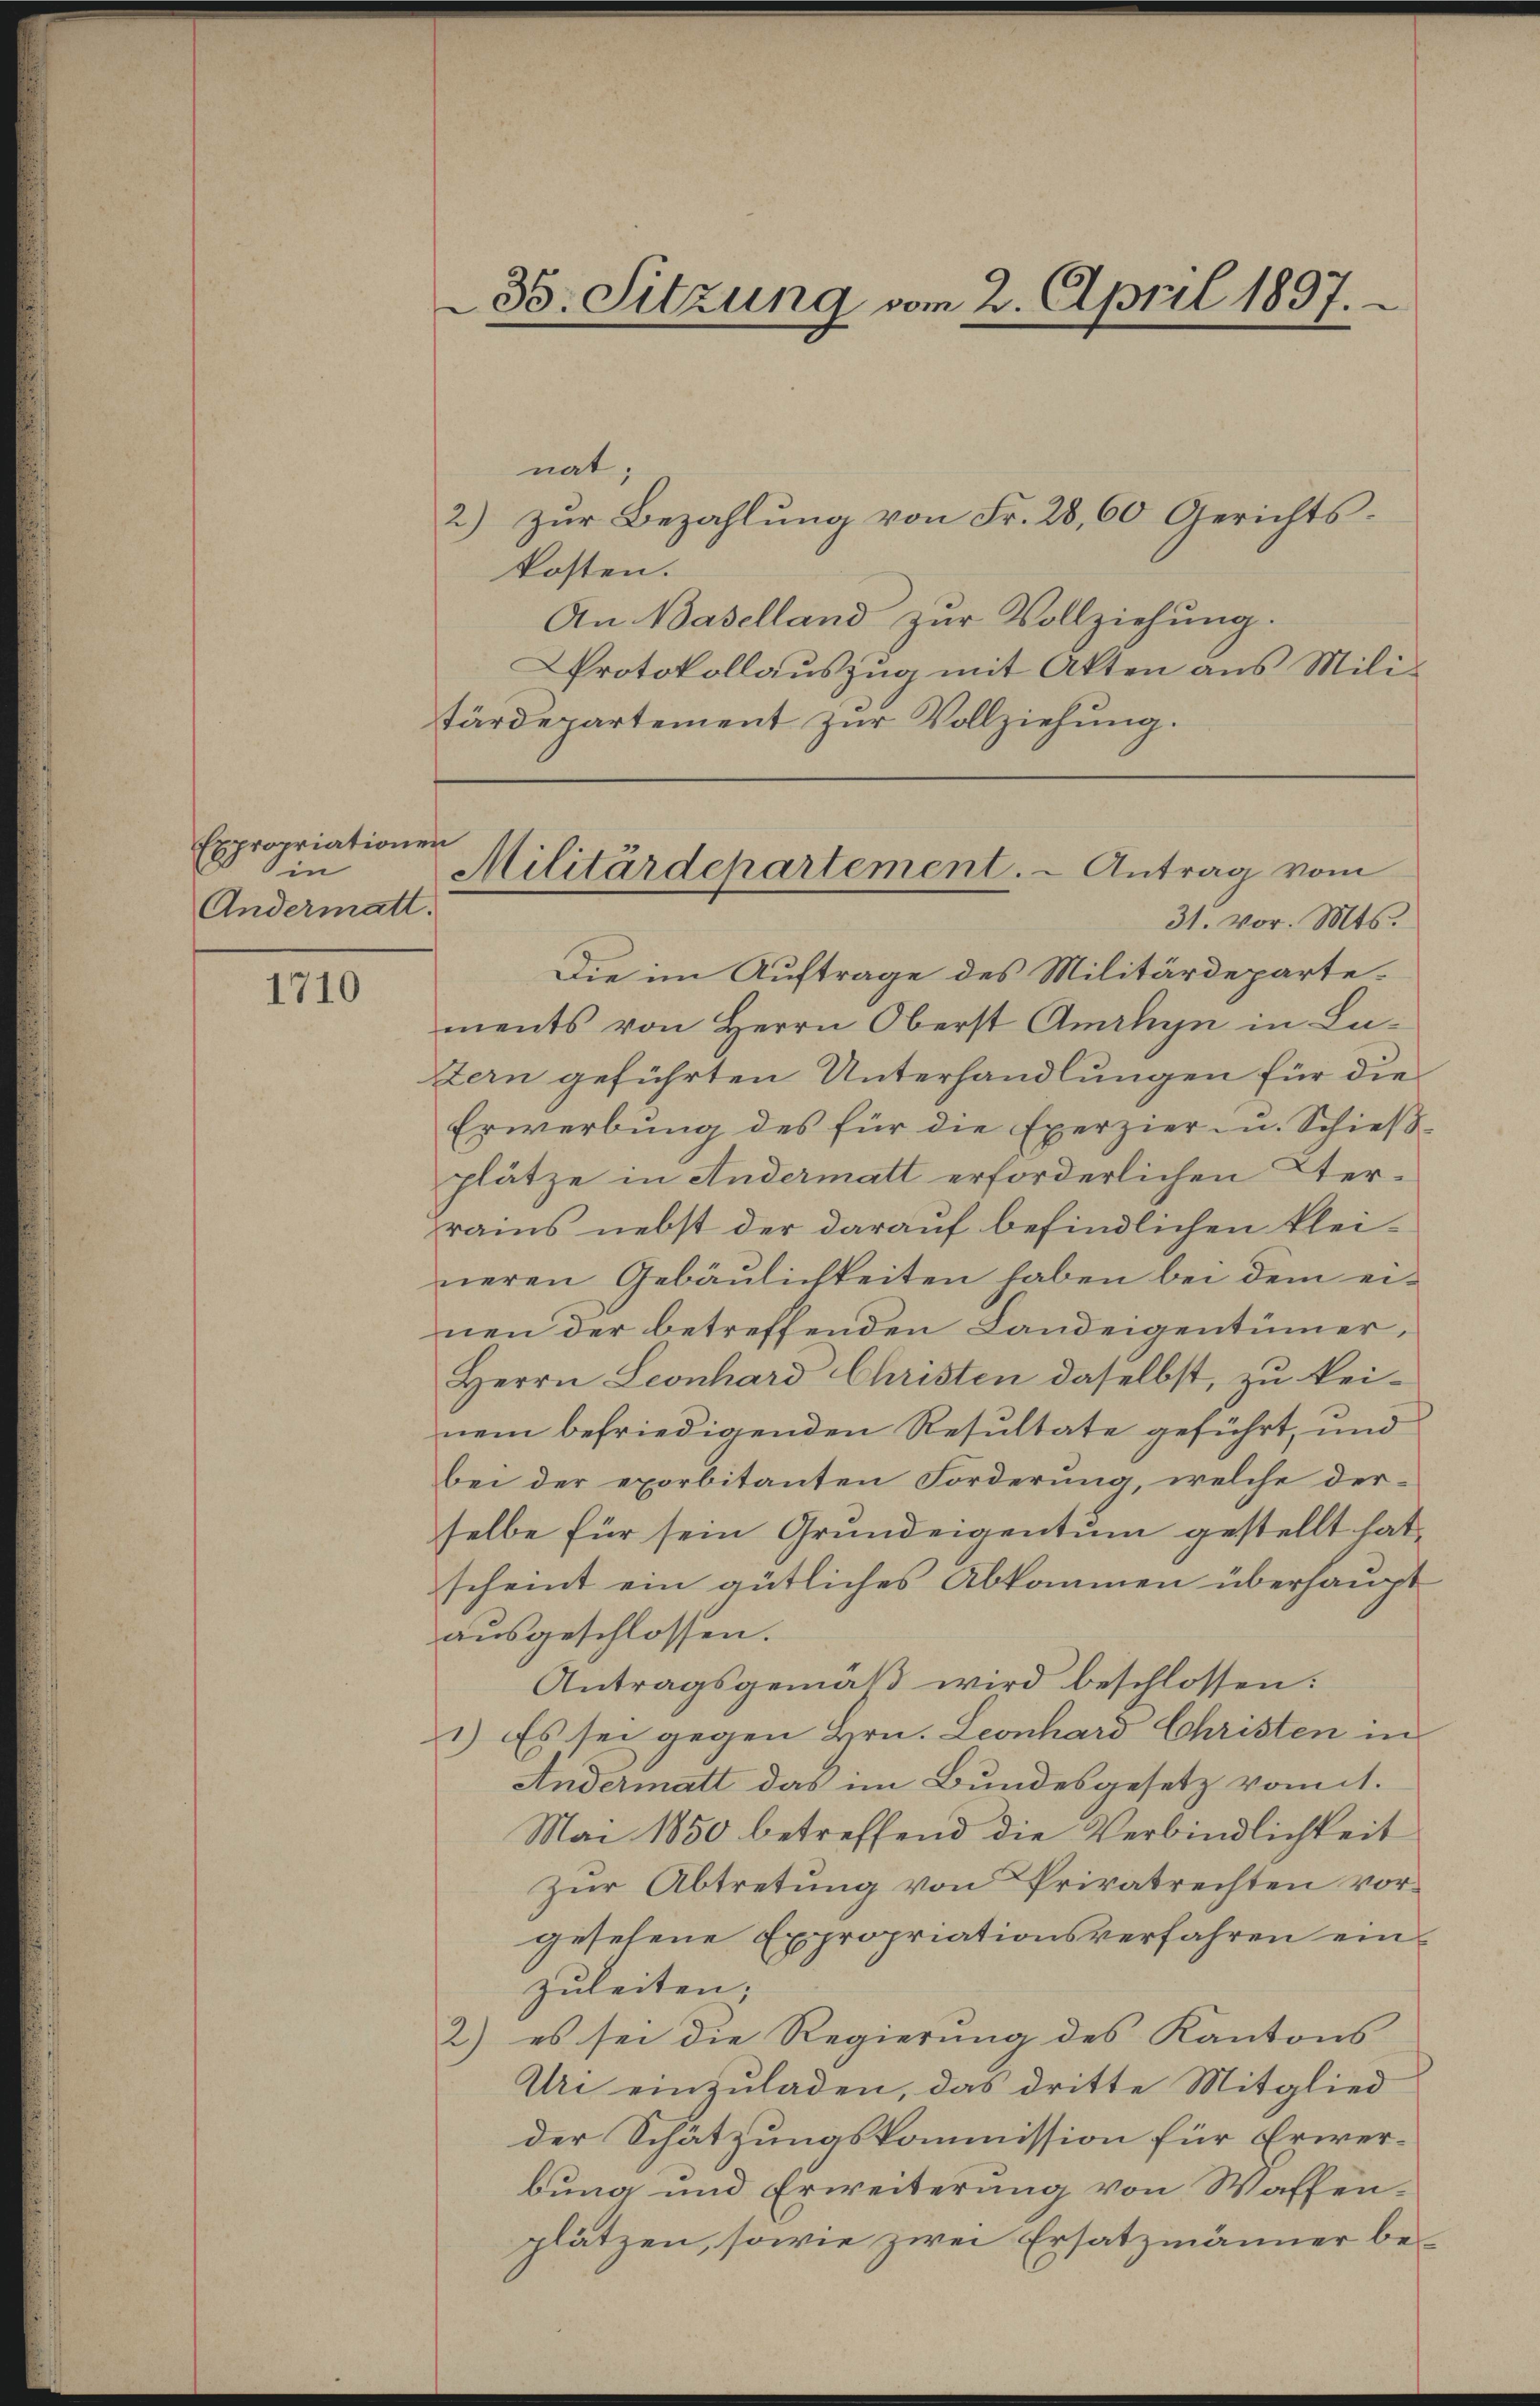
1710

Expropriationen
in
Andermatt.

35. Sitzung vom 2. April 1897.

nat,
2) zŭr Bezahlŭng von Fr. 28,60 Gerichts-
kosten.
An Baselland zur Vollziehung.
tärdepartement zur Vollziehung.

Protokollauszug mit Akten aus Mili¬

Militärdepartement. - Antrag vom
31. vor. Mts.

Die im Auftrage des Militärdepartements von Herrn Oberst Amrhyn in Lazern geführten Unterhandlungen für die
Erwerbung des für die Exerzier- u. Schieβ-
plätze in Andermatt erforderlichen Terrains nebst der darauf befindlichen klei-
neren Gebäulichkeiten haben bei dem einen der betreffenden Landeigentümer¬
Herrn Leonhard Christen daselbst, zu kei-
nem befriedigenden Resultate geführt, und
bei der exorbitanten Forderung, welche der-
selbe für sein Grundeigentum gestellt hat,
scheint ein gütliches Abkommen überhaupt
ausgeschlossen.
Antragsgemäß wird beschlossen:
1) Es sei gegen Hrn. Leonhard Christen in
Andermatt das im Bundesgesetz vomit.
Mai 1850 betreffend die Verbindlichkeit
zur Abtretung von Privatrechten vorgesehene Expropriationsverfahren einzuleiten;
2) es sei die Regierung des Kantons
Uri einzuladen, das dritte Mitglied
der Schätzungskommission für Erwerbung und Erweiterung von Waffenplätzen, sowie zwei Ersatzmänner be¬